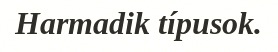
Harmadik típusok.